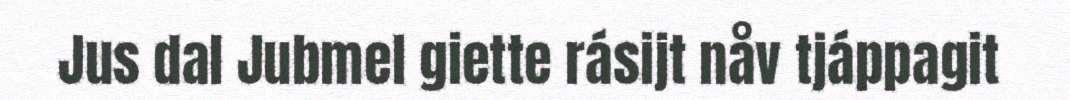
Jus dal Jubmel giette rásijt nåv tjáppagit